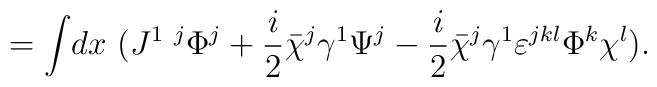
=\int\! dx ~(J^{1~j} \Phi^j+{i\over2} \bar\chi^j\gamma^1 \Psi^j -{i\over2} \bar\chi^j\gamma^1 \varepsilon^{jkl}\Phi^k \chi^l).